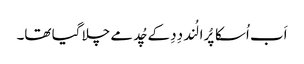
اَب اُسکا پُرا لُند دِدِ کے چُد مے چلا گیا تھا۔